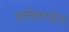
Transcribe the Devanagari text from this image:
छत्तीसगढ़ीयां